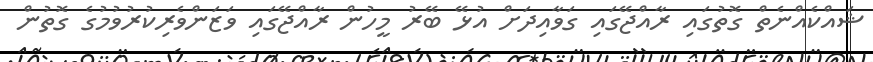
ޝައްކެއްނެތް ގޮތުގައި ރާއްޖޭގައި ގަވާއިދަށް އުޅޭ ބޭރު މީހުން ރާއްޖޭގައި ވަޒަންވެރިކުރުވުމުގެ ގޮތުން